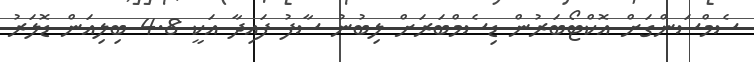
ސެމްސަންގަށް އޮކްޓޯބަރުން ޑިސެމްބަރަށް ލިބުނު ސާފު ފައިދާ އަކީ 4.8 ބިލިއަން ޑޮލަރު